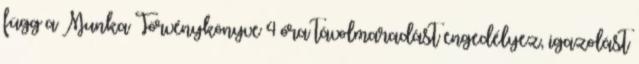
függ a Munka Törvénykönyve 4 óra távolmaradást engedélyez, igazolást